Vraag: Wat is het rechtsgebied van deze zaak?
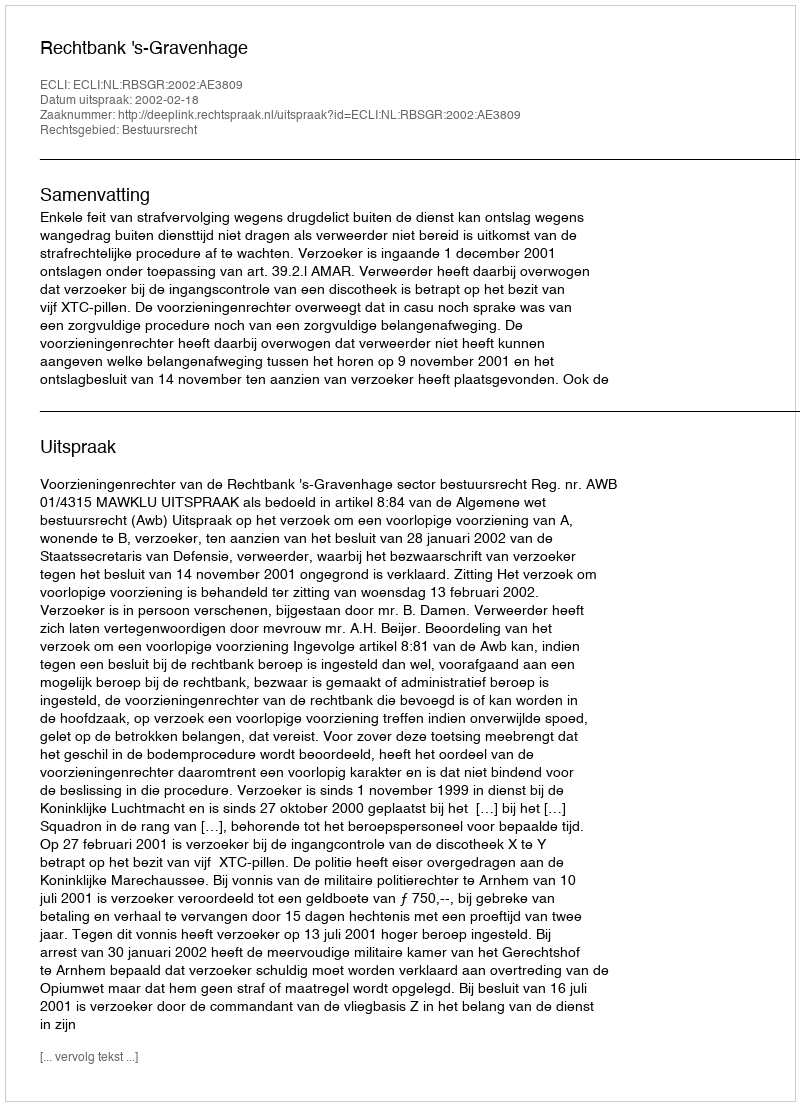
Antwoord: Bestuursrecht